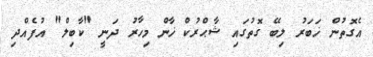
އެގޮތުން ޚަބަރު ލިބޭ ގޮތުގައި ޝާޙްރުކް ޚާން މިހާރު ދަނީ "ކާބިލް" އުފެއްދި